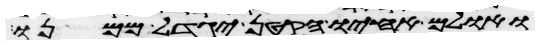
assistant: ואולם אחיו הקטן יגדל ממנו